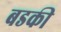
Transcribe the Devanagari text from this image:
बडकी